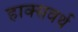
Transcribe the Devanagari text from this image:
हाक्सवर्थ